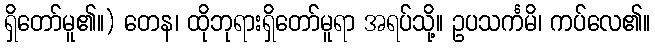
ရှိတော်မူ၏။) တေန၊ ထိုဘုရားရှိတော်မူရာ အရပ်သို့။ ဥပသင်္ကမိ၊ ကပ်လေ၏။